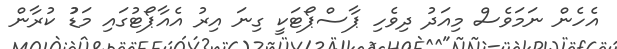
އެހެން ނަމަވެސް މިއަދު ދިވެހި ޕާސްޕޯޓަކީ ގިނަ އިރު އެއާޕޯޓުގައި މަޑުު ކުރާން